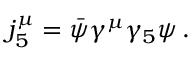
j _ { 5 } ^ { \mu } = \bar { \psi } \gamma ^ { \mu } \gamma _ { 5 } \psi \, .